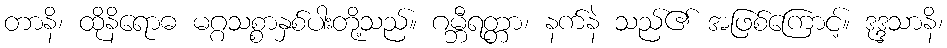
တာနိ၊ ထိုနိရောဓ မဂ္ဂသစ္စာနှစ်ပါးတို့သည်။ ဂမ္ဘီရတ္တာ၊ နက်နဲ သည်၏ အဖြစ်ကြောင့်။ ဒုဒ္ဒသာနိ၊